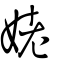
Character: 姥